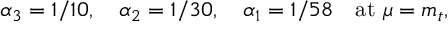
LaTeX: \alpha _ { 3 } = 1 / 1 0 , \quad \alpha _ { 2 } = 1 / 3 0 , \quad \alpha _ { 1 } = 1 / 5 8 \quad \mathrm { a t } \ \mu = m _ { t } ,